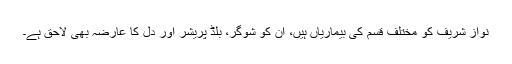
نواز شریف کو مختلف قسم کی بیماریاں ہیں، اُن کو شوگر، بلڈ پریشر اور دل کا عارضہ بھی لاحق ہے۔